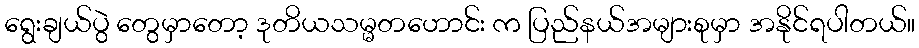
ရွေးချယ်ပွဲ တွေမှာတော့ ဒုတိယသမ္မတဟောင်း က ပြည်နယ်အများစုမှာ အနိုင်ရပါတယ်။